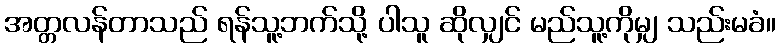
အတ္တလန်တာသည် ရန်သူ့ဘက်သို့ ပါသူ ဆိုလျှင် မည်သူ့ကိုမျှ သည်းမခံ။